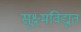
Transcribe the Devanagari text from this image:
सूक्ष्मविद्युत